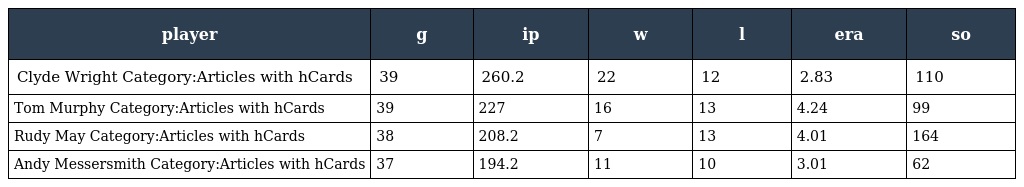
| player | g | ip | w | l | era | so |
 | --- | --- | --- | --- | --- | --- | --- |
 | Clyde Wright Category:Articles with hCards | 39 | 260.2 | 22 | 12 | 2.83 | 110 |
 | Tom Murphy Category:Articles with hCards | 39 | 227 | 16 | 13 | 4.24 | 99 |
 | Rudy May Category:Articles with hCards | 38 | 208.2 | 7 | 13 | 4.01 | 164 |
 | Andy Messersmith Category:Articles with hCards | 37 | 194.2 | 11 | 10 | 3.01 | 62 |